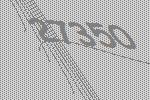
27350